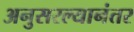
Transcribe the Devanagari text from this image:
अनुसरल्यानंतर